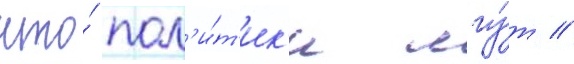
что́ пол'и́т'ик'и лгу́т /